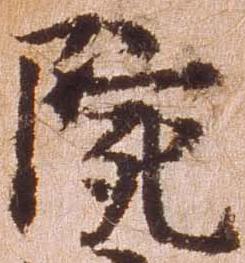
院